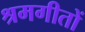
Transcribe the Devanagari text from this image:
श्रमगीतों